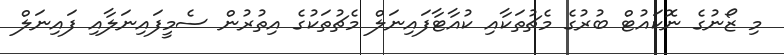
މި ޒޯނުގެ ނޮކައުޓް ބުރުގެ މެޗުތަކާއި ކުއާޓާފައިނަލް މެޗުތަކުގެ އިތުރުން ސެމީފައިނަލާއި ފައިނަލް